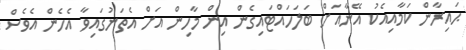
ޙައިރާން ކަމާއިއެކު އޭނާއަށް ބަލަހައްޓައިގެން އިން މާހިން އަށް އެތަނުގައިވާ އެހެން އެވެސް